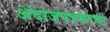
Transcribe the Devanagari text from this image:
अंदाजपत्रकाचा